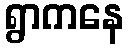
ရွာကနေ